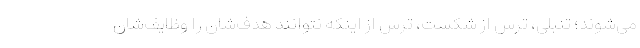
می‌شوند؛ تنبلی، ترس از شکست، ترس از اینکه نتوانند هدف‌شان را وظایف‌شان